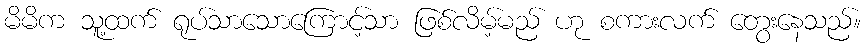
မိမိက သူ့ထက် ရုပ်သာသောကြောင့်သာ ဖြစ်လိမ့်မည် ဟု စကားလက် တွေးနေသည်။